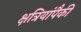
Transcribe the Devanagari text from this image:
क्षत्रियांपैकीं